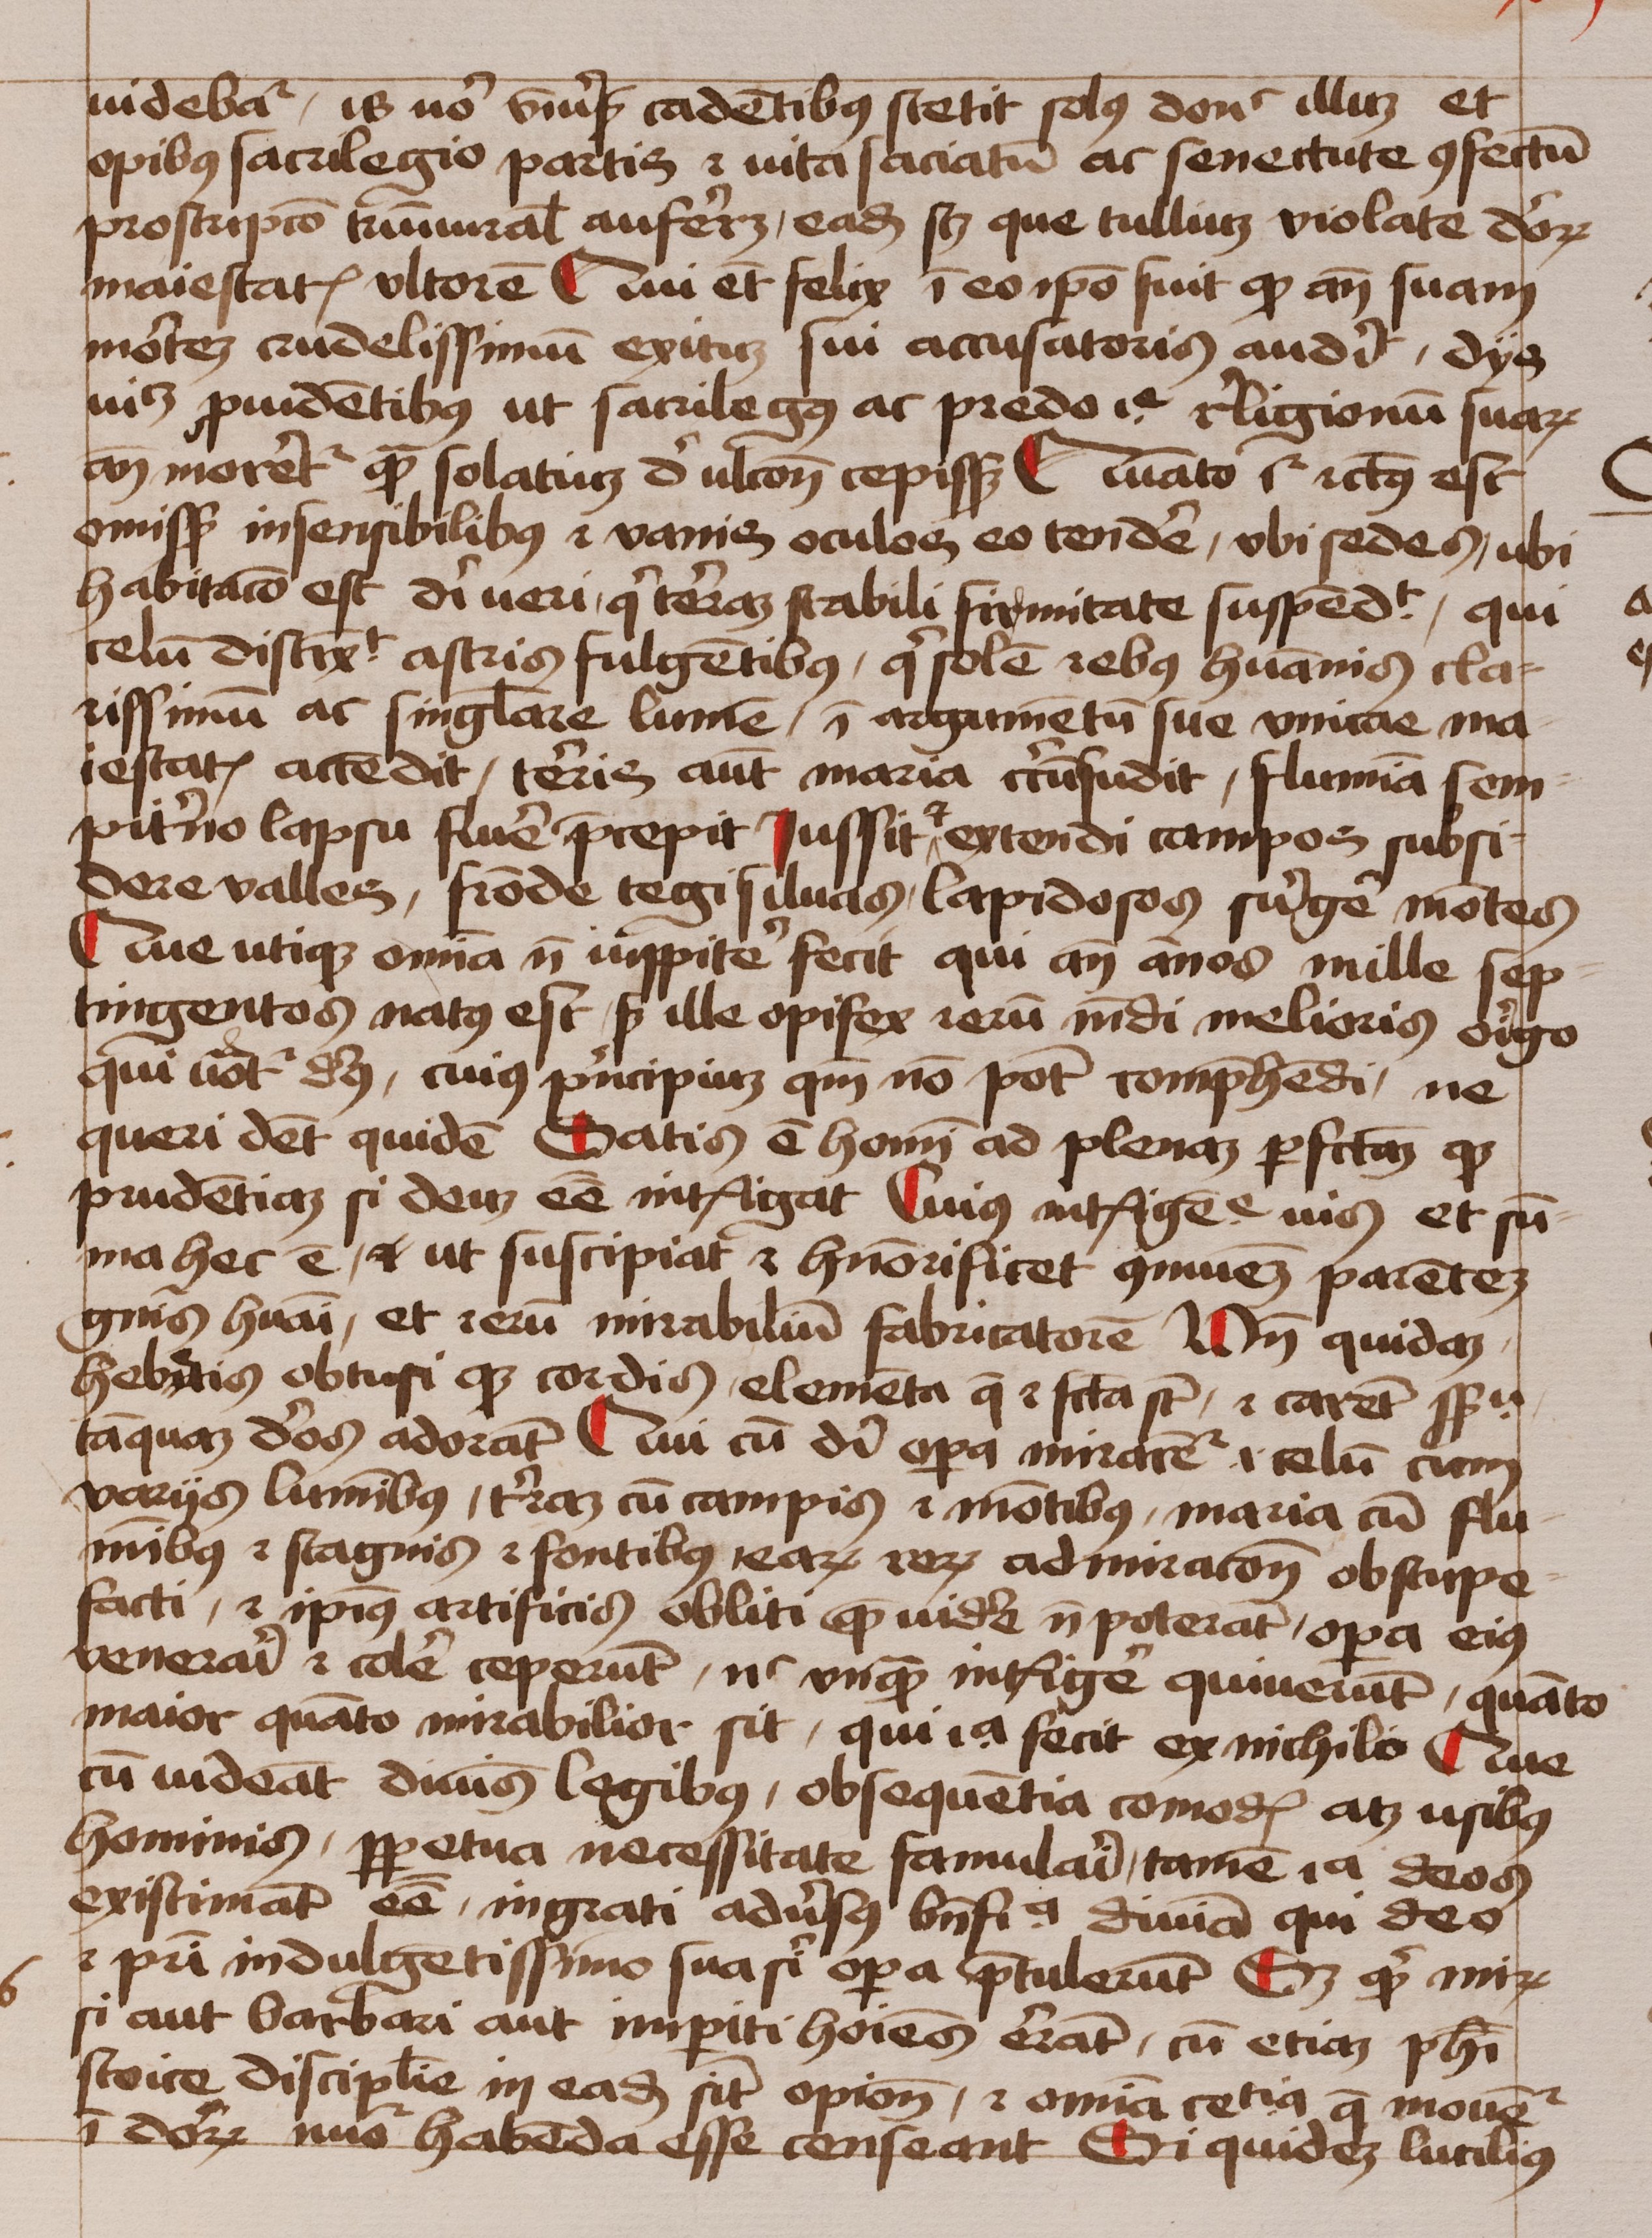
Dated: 1450–1474